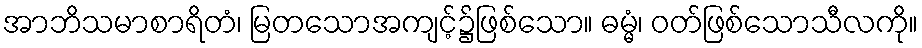
အာဘိသမာစာရိတံ၊ မြတသောအကျင့်၌ဖြစ်သော။ ဓမ္မံ၊ ဝတ်ဖြစ်သောသီလကို။